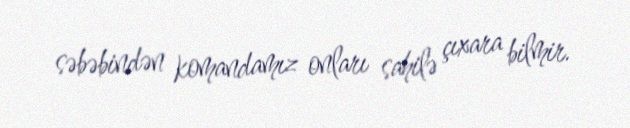
səbəbindən komandamız onları sahilə çıxara bilmir.